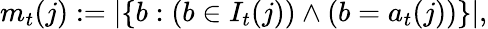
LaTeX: m_{t}(j):=|\{ b:\left(b\in I_{t}(j)\right)\land\left(b=a_{t}(j)\right)\} |,